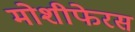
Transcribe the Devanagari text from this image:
मोशीफेरस